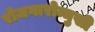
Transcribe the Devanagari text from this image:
रोजगारोन्मुखी